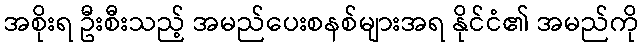
အစိုးရ ဦးစီးသည့် အမည်ပေးစနစ်များအရ နိုင်ငံ၏ အမည်ကို